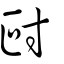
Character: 尀